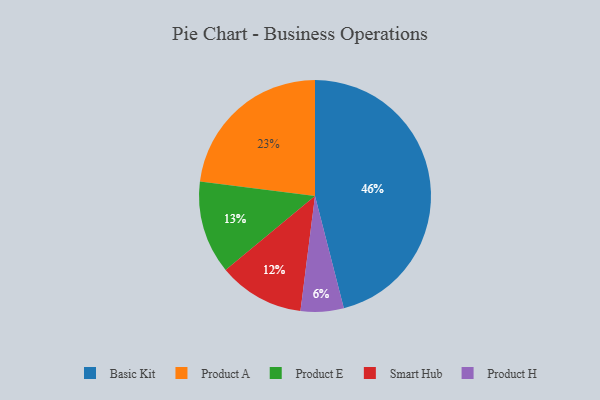
{"axis": {"x": "Category", "y": "Percentage"}, "legend": ["Basic Kit", "Product A", "Product E", "Product H", "Smart Hub"], "data": [{"x": "Product H", "y": 6, "type": "Product H"}, {"x": "Product A", "y": 23, "type": "Product A"}, {"x": "Smart Hub", "y": 12, "type": "Smart Hub"}, {"x": "Basic Kit", "y": 46, "type": "Basic Kit"}, {"x": "Product E", "y": 13, "type": "Product E"}]}